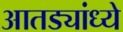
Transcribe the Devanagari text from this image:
आतड्यांध्ये